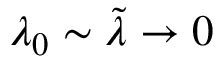
\lambda _ { 0 } \sim \tilde { \lambda } \to 0